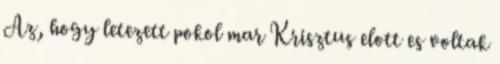
Az, hogy letezett pokol mar Krisztus elott es voltak